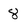
Character: 8